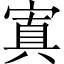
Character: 寘